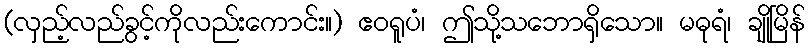
(လှည့်လည်ခွင့်ကိုလည်းကောင်း။) ဧဝရူပံ၊ ဤသို့သဘောရှိသော။ မဓုရံ၊ ချိုမြိန်